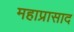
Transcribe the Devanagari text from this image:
महाप्रासाद